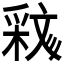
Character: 𣁝